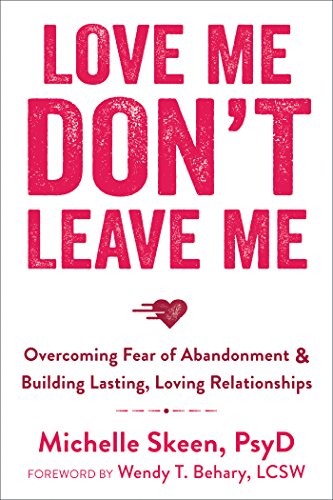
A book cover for Love Me, Don't Leave Me: Overcoming Fear of Abandonment and Building Lasting, Loving Relationships; Michelle Skeen PsyD; Self-Help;